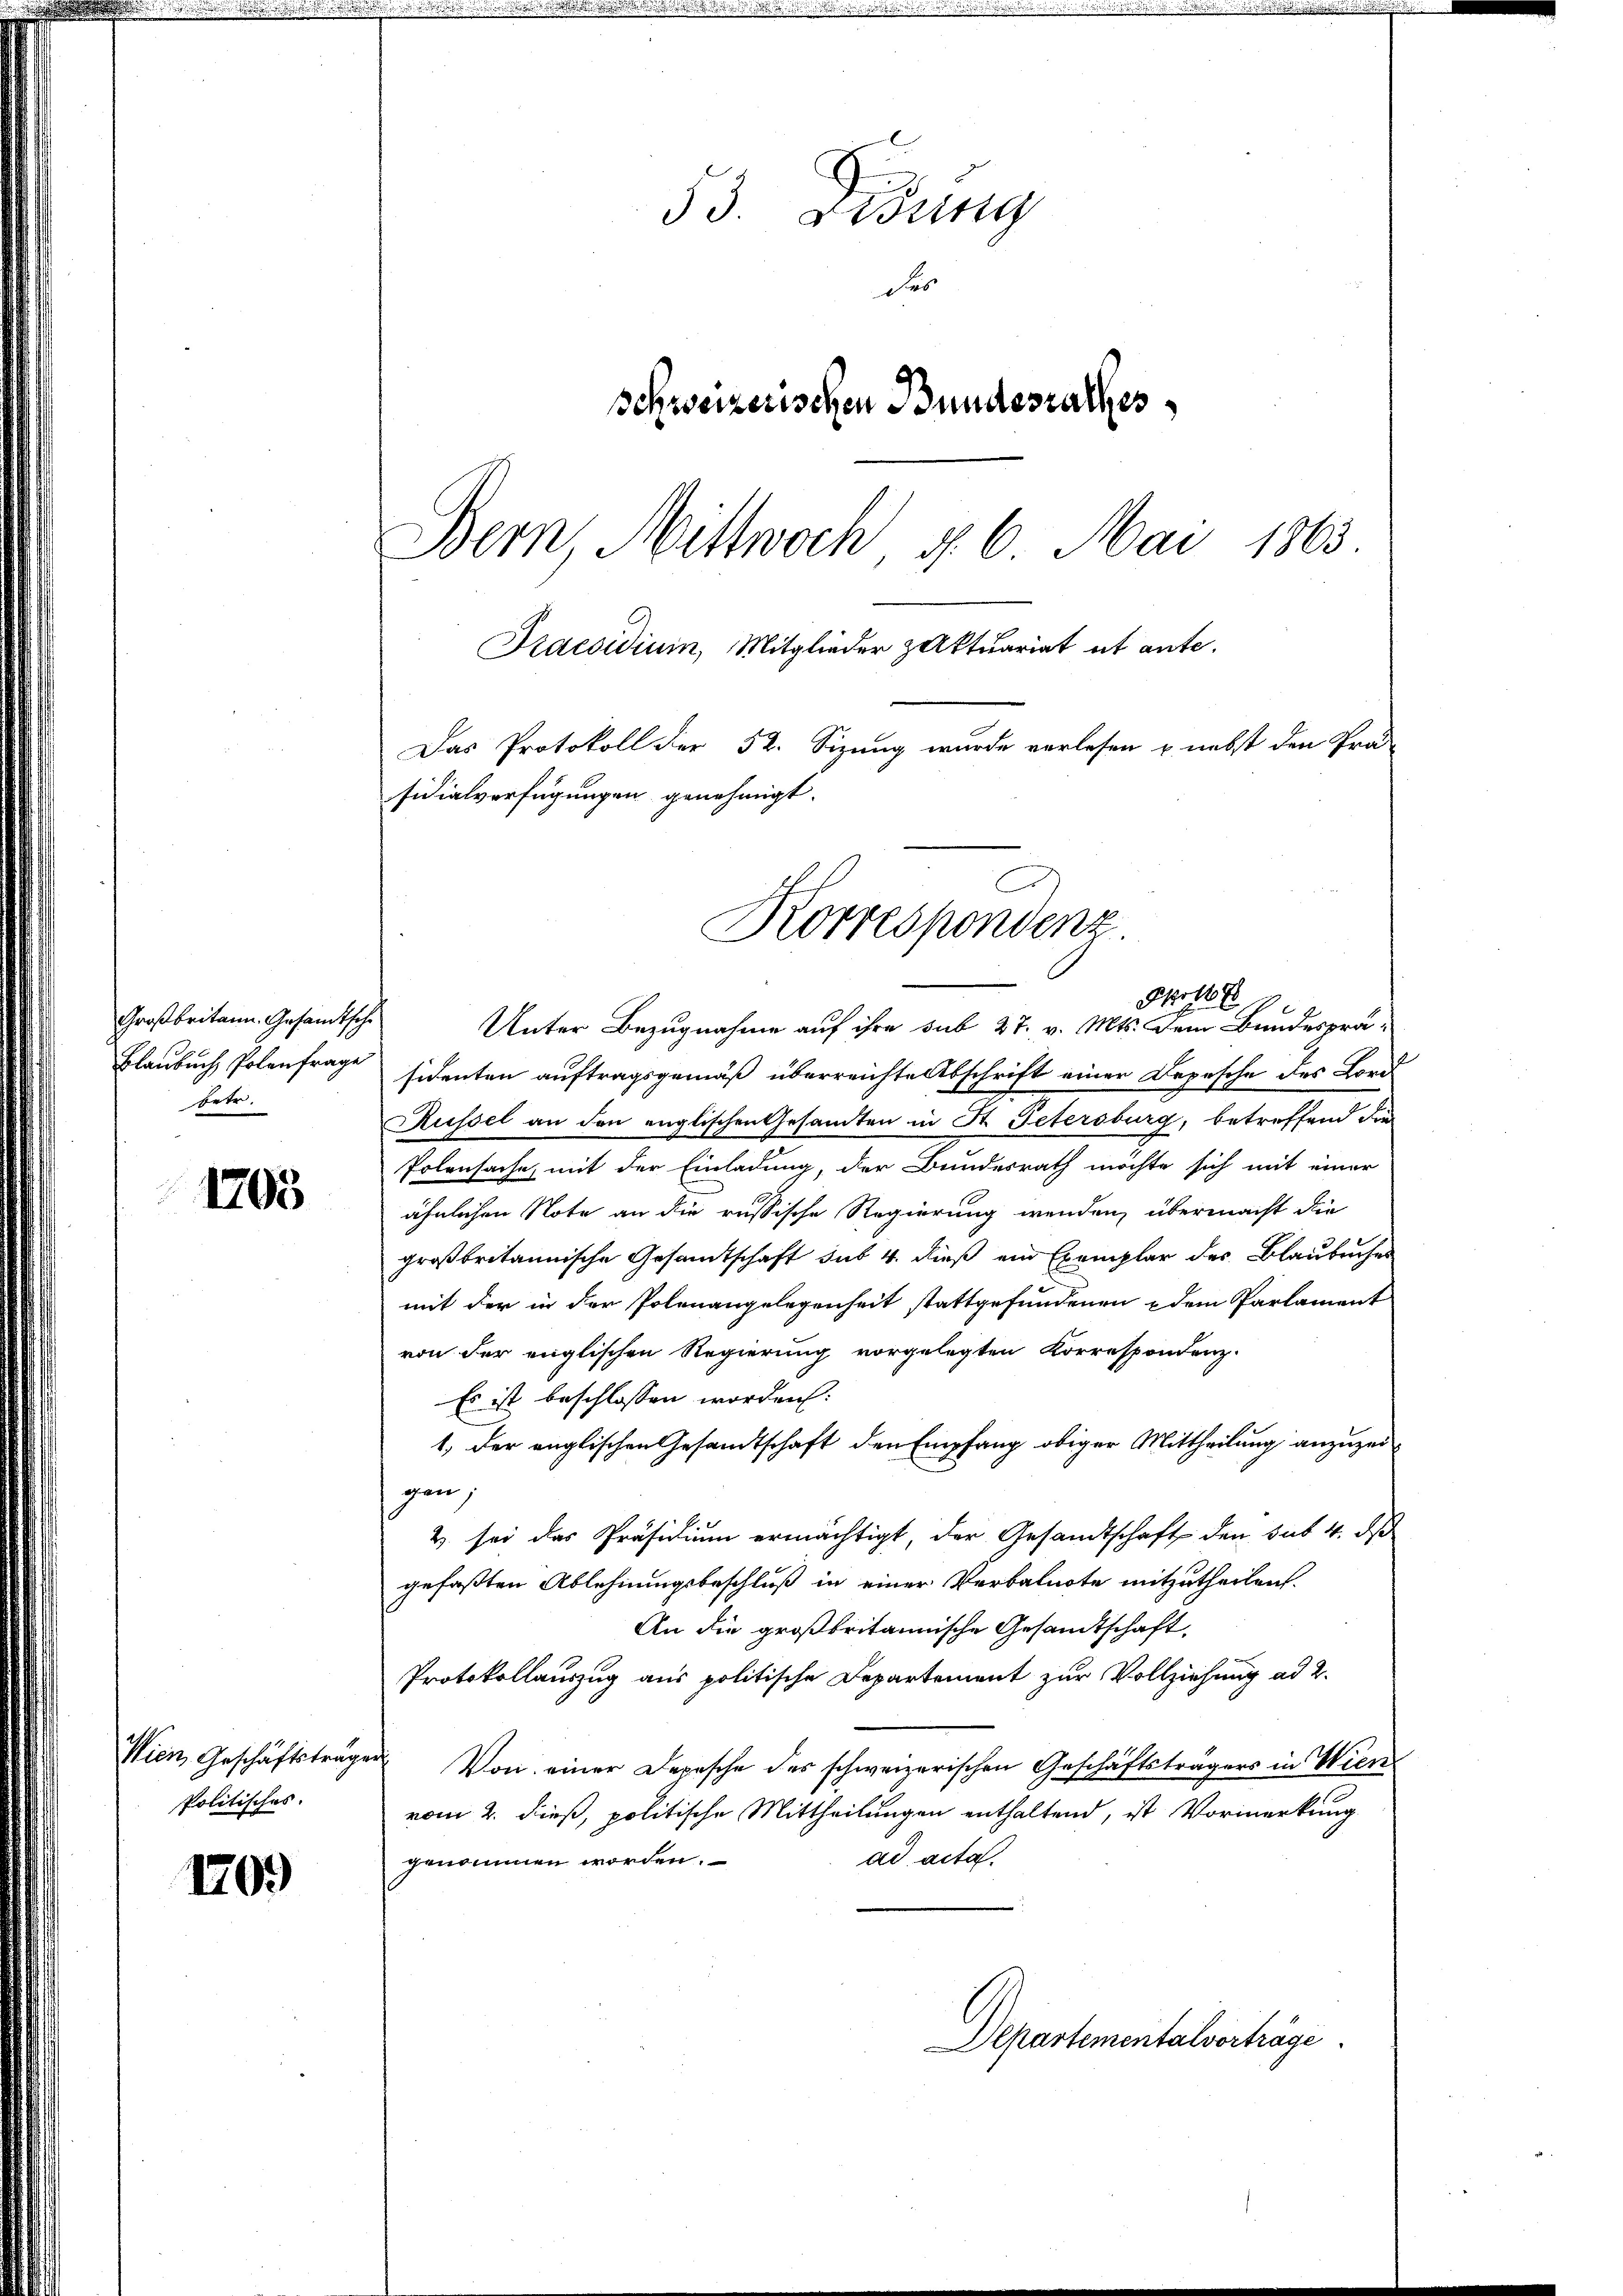
Großbritann. Gesandtsche
Blaubuch Polenfrage
betr.

1703

Politisches.

170.

53. Bösig
des
Schweizerischen Bundesrathes
Bern, Mittwoch u. 6. Mai 1865
Praesidium, Mitglieder zaktuariat et ante.
Das Protokoll der 52. Sizung wurde verlesen u. nebst den Pro-
sidialverfügungen genehmigt.

Unter Bezugnahme auf ihre sub 27. v. Mts. dem Bundespräsidenten auftragsgemäß überreichte Abschrift einer Depesche des Lorc
Küssel an den englischen Gesamten in St. Petersburg, betreffend die
Polensache, mit der Einladung, der Bundesrath möchte sich mit einer
ähnlichen Note an die russische Regierung wenden, übermacht die
großbritannische Gesamtschaft sub 4. dieß ein Exemplar des Blaubnisses
mit der in der Polenangelegenheit stattgefundenen dem Parlament
von der englischen Regierung vorgelegten Korrespondenz.
Es ist beschlossen worden:
1. der englischen Gesandtschaft den Empfang obiger Mittheilung anzuzeigen;
Z. sei das Präsidium ermächtigt, der Gesandtschaft den sub. 4. ds
gefaßten Ablehnungsbeschluß in einer Verbalnote mitzutheilen.
An die großbritannische Gesandtschaft,
Protokollauszug aus politische Departement zur Vollziehung ad 2.
Wien Geschäftsträger Von einer Depesche des schweizerischen Geschäftsträgers in Wien
vom 2. dieß, politische Mittheilungen enthaltend, ist Vormerkung
ad acta.
genommen worden.
Departementalverträge.

Korrespondenz.
Nr 16 x